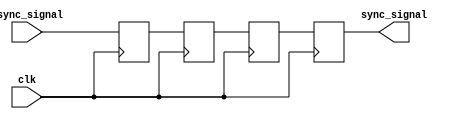
module triple_ff_synchronizer (
    input wire async_signal,  // Input signal from the asynchronous clock domain
    input wire clk,           // Clock signal of the destination clock domain
    output reg sync_signal     // Synchronized output signal
);

    // Internal signals for the flip-flops
    reg ff1, ff2, ff3;

    // Sequential logic for the triple flip-flop synchronizer
    always @(posedge clk) begin
        ff1 <= async_signal;  // Sample the async_signal on the rising edge of clk
        ff2 <= ff1;           // Pass the output of ff1 to ff2
        ff3 <= ff2;           // Pass the output of ff2 to ff3
    end

    // Assign the output of the last flip-flop to sync_signal
    always @(posedge clk) begin
        sync_signal <= ff3;   // The final synchronized output
    end

endmodule